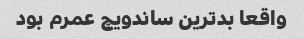
واقعا بدترین ساندویچ عمرم بود